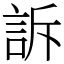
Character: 訴